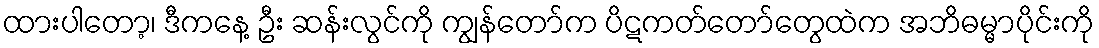
ထားပါတော့၊ ဒီကနေ့ ဦး ဆန်းလွင်ကို ကျွန်တော်က ပိဋကတ်တော်တွေထဲက အဘိဓမ္မာပိုင်းကို